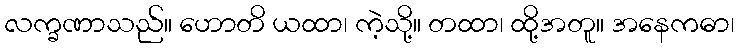
လက္ခဏာသည်။ ဟောတိ ယထာ၊ ကဲ့သို့။ တထာ၊ ထို့အတူ။ အနေကဓာ၊